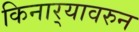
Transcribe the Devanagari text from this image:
किनार्‍यावरुन